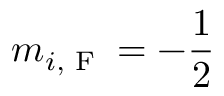
m _ { i , \textrm { F } } = - \frac { 1 } { 2 }